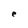
Character: e